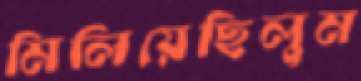
মিলিয়েছিলুম